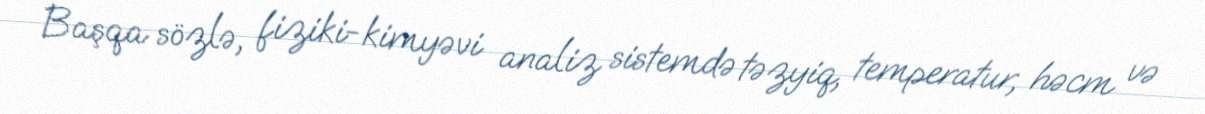
Başqa sözlə, fiziki-kimyəvi analiz sistemdə təzyiq, temperatur, həcm və